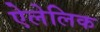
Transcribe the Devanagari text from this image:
ऐलेलिक